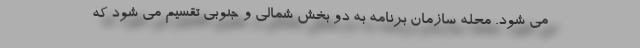
می شود. محله سازمان برنامه به دو بخش شمالی و جنوبی تقسیم می شود که